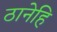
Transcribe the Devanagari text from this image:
ठानेहि